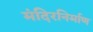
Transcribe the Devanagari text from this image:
मंदिरनिर्माण